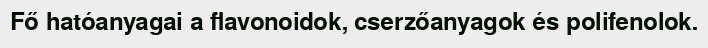
Fő hatóanyagai a flavonoidok, cserzőanyagok és polifenolok.